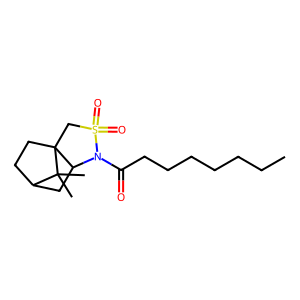
SMILES: CCCCCCCC(=O)N1C2CC3CCC2(CS1(=O)=O)C3(C)C
Inhibits HIV replication: No